Medical and sanitary report of the native army of Bengal for the year
Year: 1874
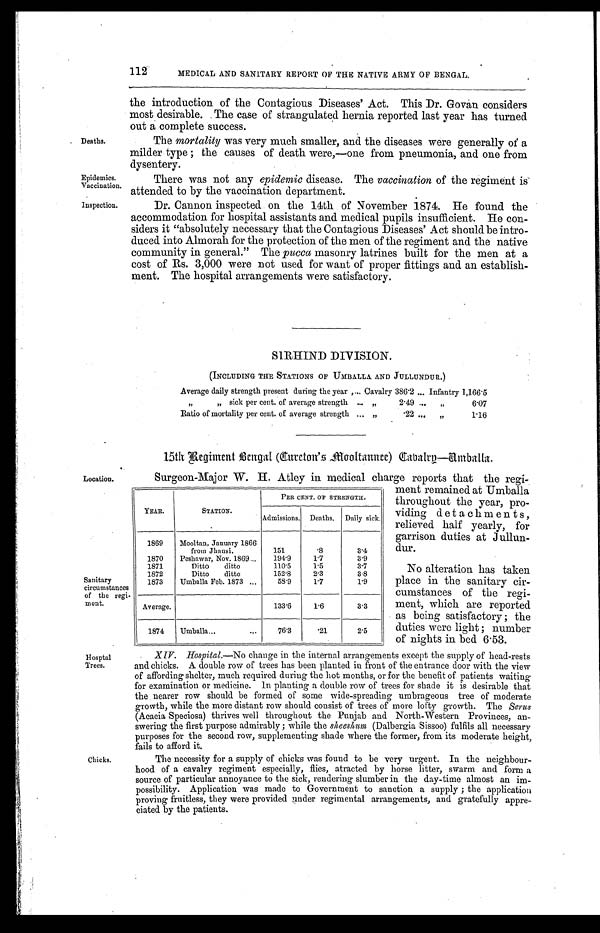
Epidemics.
Vaccination.
Inspection.
112
MEDICAL AND SANITARY REPORT OF THE NATIVE ARMY OF BENGAL.
Deaths.
the introduction of the Contagious Diseases' Act. This Dr. Govan considers
most desirable. The case of strangulated hernia reported last year has turned
out a complete success.
The mortality was very much smaller, and the diseases were generally of a
milder type; the causes of death were,—one from pneumonia, and one from
dysentery.
There was not any epidemic disease. The vaccination of the regiment is
attended to by the vaccination department.
Dr. Cannon inspected on the 14th of November 1874. He found the
accommodation for hospital assistants and medical pupils insufficient. He con
-siders it "absolutely necessary that the Contagious Diseases' Act should be intro
-duced into Almorah for the protection of the men of the regiment and the native
community in general." The pucca masonry latrines built for the men at a
cost of Rs. 3,000 were not used for want of proper fittings and an establish
-ment. The hospital arrangements were satisfactory.
SIRHIND DIVISION.
(INCLUDING THE STATIONS OF UMBALLA AND JULLUNDUR.)
Average daily strength present during the year . . . Cavalry 386.2 . . . Infantry 1,166.5
" sick per cent. of average strength . . .
"
2.49 . . . "
6.07
Ratio of mortality per cent. of average strength . . .
"
.22 . . . "
1.16
15th Regiment Bengal ( Cureton's Mooltannee) Cavalry—Umballa.
Location.
Sanitary
circumstances
of the regi-
ment.
Hosptal
Trees.
Chicks.
Surgeon-Major W. H. Atley in medical charge reports that the regi
-ment remained at Umballa
throughout the year, pro
-viding detachments,
relieved half yearly, for
garrison duties at Jullun
-dur.
YEAR.
STATION.
PER CENT. OF STRENGTH.
Admissions. Deaths. Daily sick.
1869
Mooltan, January 1866
from Jhansi.
151
.8
3.4
1870
Peshawar, Nov. 1869 . . .
194.9
1.7
3.9
1871
Ditto ditto
110.5
1.5
3.7
1872
Ditto ditto
152.8
2.3
3.8
1873
Umballa Feb. 1873 . . .
58.9
1.7
1.9
Average.
133.6
1.6
3.3
1874
Umballa . . .
76.3
.21
2.5
XIV. Hospital.—No change in the internal arrangements except the supply of head-rests
and chicks. A double row of trees has been planted in front of the entrance door with the view
of affording shelter, much required during the hot months, or for the benefit of patients waiting
for examination or medicine. In planting a double row of trees for shade it is desirable that
the nearer row should be formed of some wide-spreading umbrageous tree of moderate
growth, while the more distant row should consist of trees of more lofty growth. The Serus
(Acacia Speciosa) thrives well throughout the Punjab and North-Western Provinces, an
-swering the first purpose admirably; while the sheeshum (Dalbergia Sissoo) fulfils all necessary
purposes for the second row, supplementing shade where the former, from its moderate height,
fails to afford it.
The necessity for a supply of chicks was found to be very urgent. In the neighbour
-hood of a cavalry regiment especially, flies, atracted by horse litter, swarm and form a
source of particular annoyance to the sick, rendering slumber in the day-time almost an im
-possibility. Application was made to Government to sanction a supply; the application
proving fruitless, they were provided under regimental arrangements, and gratefully appre
-ciated by the patients.
No alteration has taken
place in the sanitary cir
-cumstances of the regi
- m e n t , w h i c h a r e r e p o r t e d
as being satisfactory; the
duties were light; number
of nights in bed 6.53.